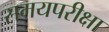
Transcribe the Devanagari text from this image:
समयपरीक्षा